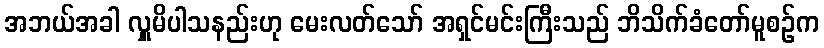
အဘယ်အခါ လှူမိပါသနည်းဟု မေးလတ်သော် အရှင်မင်းကြီးသည် ဘိသိက်ခံတော်မူစဉ်က